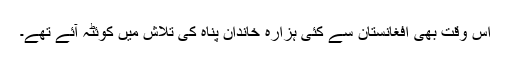
اس وقت بھی افغانستان سے کئی ہزارہ خاندان پناہ کی تلاش میں کوئٹہ آئے تھے۔